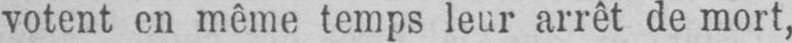
votent en même temps leur arrêt de mort,